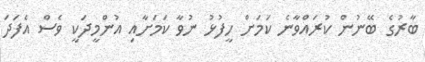
ބާރުގެ ބޭނުން ކުރައްވާނެ ކަމަށް ހީފުޅު ނުވާ ކަމަށާއި އުންމީދަކީ ވެސް އެފަދަ